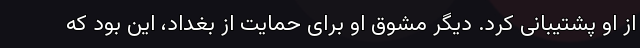
از او پشتیبانی کرد. دیگر مشوق او برای حمایت از بغداد، این بود که